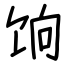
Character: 饷